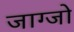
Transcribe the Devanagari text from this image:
जाग्जो